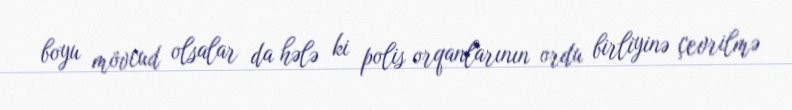
boyu mövcud olsalar da hələ ki polis orqanlarının ordu birliyinə çevrilmə